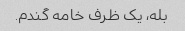
بله، یک ظرف خامه گندم.